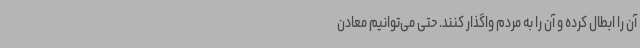
آن را ابطال کرده و آن را به مردم واگذار کنند. حتی می‌توانیم معادن